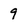
Character: 9